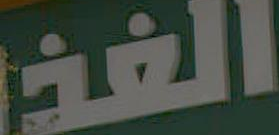
الغذا